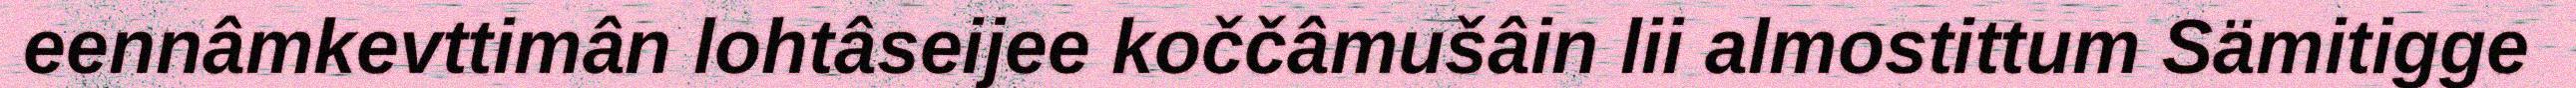
eennâmkevttimân lohtâseijee koččâmušâin lii almostittum Sämitigge